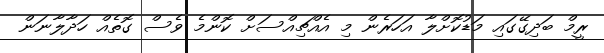
ރީމް ބަދިގޭގައި މަޑުކޮށްލާ އަހަރެން މި އެއްޗިއްސަށް ކޮންމެ ވެސް ގޮތެއް ހަދާލާނަން